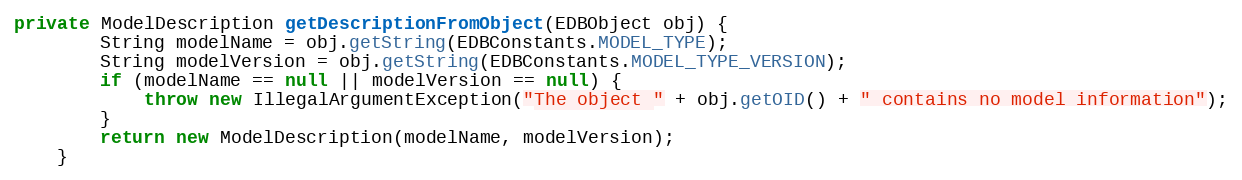
Language: Java
private ModelDescription getDescriptionFromObject(EDBObject obj) {
        String modelName = obj.getString(EDBConstants.MODEL_TYPE);
        String modelVersion = obj.getString(EDBConstants.MODEL_TYPE_VERSION);
        if (modelName == null || modelVersion == null) {
            throw new IllegalArgumentException("The object " + obj.getOID() + " contains no model information");
        }
        return new ModelDescription(modelName, modelVersion);
    }